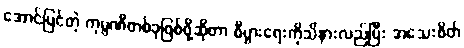
အောင်မြင်တဲ့ ကုမ္ပဏီတစ်ခုဖြစ်ဖို့ဆိုတာ စီပွားရေးကိုသိနားလည်ပြီး အသေးစိတ်